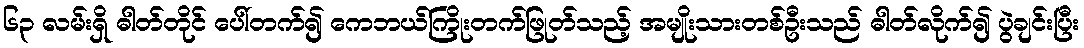
၆၃ လမ်းရှိ ဓါတ်တိုင် ပေါ်တက်၍ ကေဘယ်ကြိုးတက်ဖြုတ်သည့် အမျိုးသားတစ်ဦးသည် ဓါတ်လိုက်၍ ပွဲချင်းပြီး